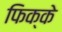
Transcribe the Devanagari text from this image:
फिक्के